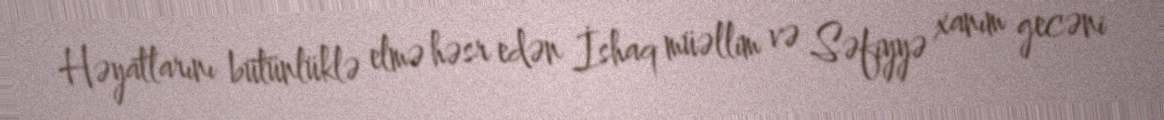
Həyatlarını bütünlüklə elmə həsr edən İshaq müəllim və Səfiyyə xanım gecəni